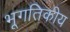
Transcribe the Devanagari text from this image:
भूगतिकीय